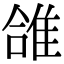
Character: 䧻